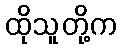
ထိုသူတို့က